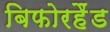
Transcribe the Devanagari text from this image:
बिफोरहैंड